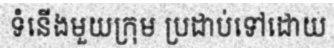
ទំនើងមួយក្រុម ប្រដាប់ទៅដោយ